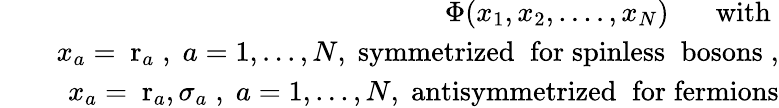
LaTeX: \begin{array}{rlr}&{}&{\Phi(x_{1},x_{2},....,x_{N})\; \; \; \; \; \; \mathrm{with}\; }\\ &{}&{x_{a}=\mathrm{\mathbf~r}_{a}\; ,\; a=1,...,N,\; \mathrm{symmetrized\; \; for\; spinless\; \; bosons}\; ,}\\ &{}&{x_{a}=\mathrm{\mathbf~r}_{a},\sigma_{a}\; ,\; a=1,...,N,\; \mathrm{antisymmetrized\; \; for\; fermions}}\end{array}